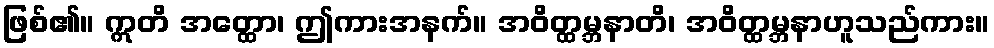
ဖြစ်၏။ ဣတိ အတ္ထော၊ ဤကားအနက်။ အဝိတ္ထမ္ဘနာတိ၊ အဝိတ္ထမ္ဘနာဟူသည်ကား။